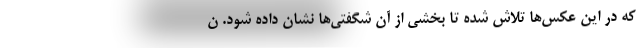
که در این عکس‌ها تلاش شده تا بخشی از آن شگفتی‌ها نشان داده شود. ن